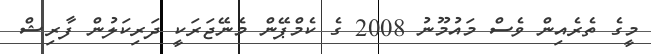
މީގެ ތެރެއިން ވެސް މައުމޫނު 2008 ގެ ކެމްޕޭން މެނޭޖަރަކީ ދަރިކަލުން ފާރިޝް